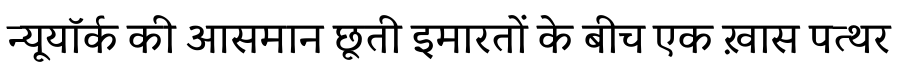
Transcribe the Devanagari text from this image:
न्यूयॉर्क की आसमान छूती इमारतों के बीच एक ख़ास पत्थर